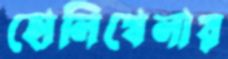
হোলিখেলায়